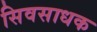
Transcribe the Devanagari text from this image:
सिवसाधक